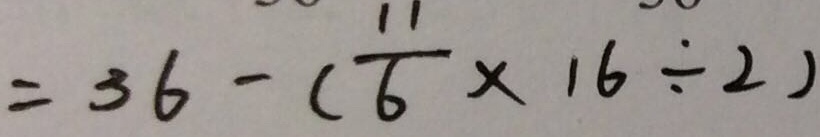
= 3 6 - ( \frac { 1 1 } { 6 } \times 1 6 \div 2 )